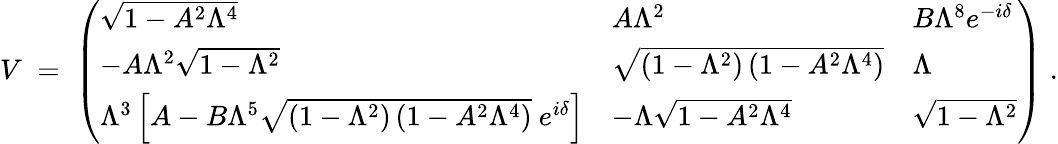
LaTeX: V\; =\; \left(\begin{array}{lll}{{\sqrt{1-A^{2}\Lambda^{4}}}}&{{A\Lambda^{2}}}&{{B\Lambda^{8}e^{-i\delta}}}\\ {{-A\Lambda^{2}\sqrt{1-\Lambda^{2}}}}&{{\sqrt{\left(1-\Lambda^{2}\right)\left(1-A^{2}\Lambda^{4}\right)}}}&{{\Lambda}}\\ {{\Lambda^{3}\left[A-B\Lambda^{5}\sqrt{\left(1-\Lambda^{2}\right)\left(1-A^{2}\Lambda^{4}\right)}~e^{i\delta}\right]}}&{{-\Lambda\sqrt{1-A^{2}\Lambda^{4}}}}&{{\sqrt{1-\Lambda^{2}}}}\end{array}\right)\; .